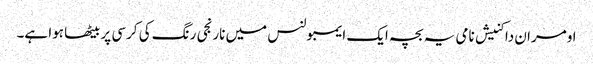
اومران داکنیش نامی یہ بچہ ایک ایمبولنس میں نارنجی رنگ کی کرسی پر بیٹھا ہوا ہے۔